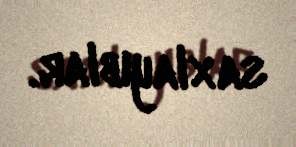
saxlayıblar.